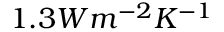
1 . 3 W m ^ { - 2 } K ^ { - 1 }